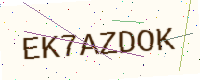
Text: EK7AZDOK